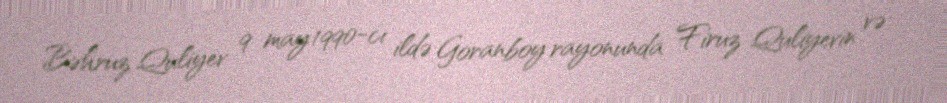
Bəhruz Quliyev 9 may 1990-cı ildə Goranboy rayonunda Firuz Quliyevin və